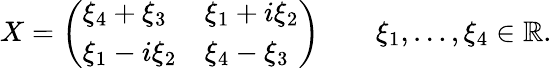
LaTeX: X={\left(\begin{array}{ll}{\xi_{4}+\xi_{3}}&{\xi_{1}+i\xi_{2}}\\ {\xi_{1}-i\xi_{2}}&{\xi_{4}-\xi_{3}}\end{array}\right)}\qquad\xi_{1},\ldots,\xi_{4}\in\mathbb{R}.